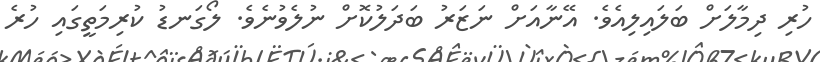
ހުރި ދިމާލަށް ބަލައިލިއެވެ. އޭނާއަށް ނަޒަރު ބަދަލުކޮށް ނުލެވުނެވެ. ލޯގަނޑު ކުރިމަތީގައި ހުރެ